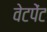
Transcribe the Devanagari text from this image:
वेटपेंट